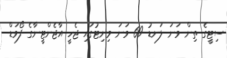
ސިޓީގެ ތިން ވަނަ ލަނޑު 69 ވަނަ މިނިޓުގައި ޖެހީ އާޖެންޓީނާގެ ފޯވަޑް